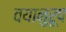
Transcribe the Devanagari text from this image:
वयानुरूप